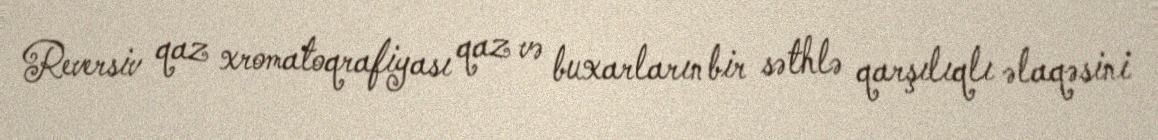
Reversiv qaz xromatoqrafiyası qaz və buxarların bir səthlə qarşılıqlı əlaqəsini